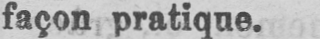
façon pratique.